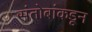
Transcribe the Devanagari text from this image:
संतोबांकडून